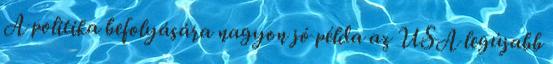
A politika befolyására nagyon jó példa az USA legújabb